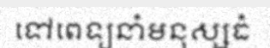
ទៅពេទ្យនាំមនុស្សធំ